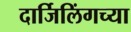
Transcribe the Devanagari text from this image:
दार्जिलिंगच्या